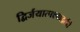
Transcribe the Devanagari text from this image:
द्विर्जयात्पश्‍चाद्वर्तते